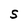
Character: S